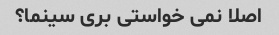
اصلا نمی خواستی بری سینما؟